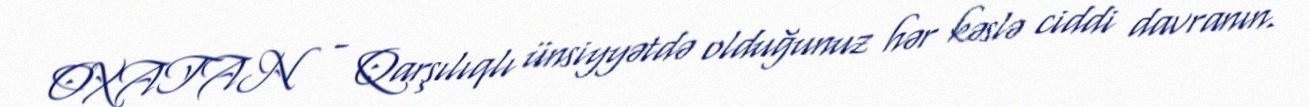
OXATAN - Qarşılıqlı ünsiyyətdə olduğunuz hər kəslə ciddi davranın.